Report on vaccination in Madras 1895-1903 - 1895-1903
Year: 1895
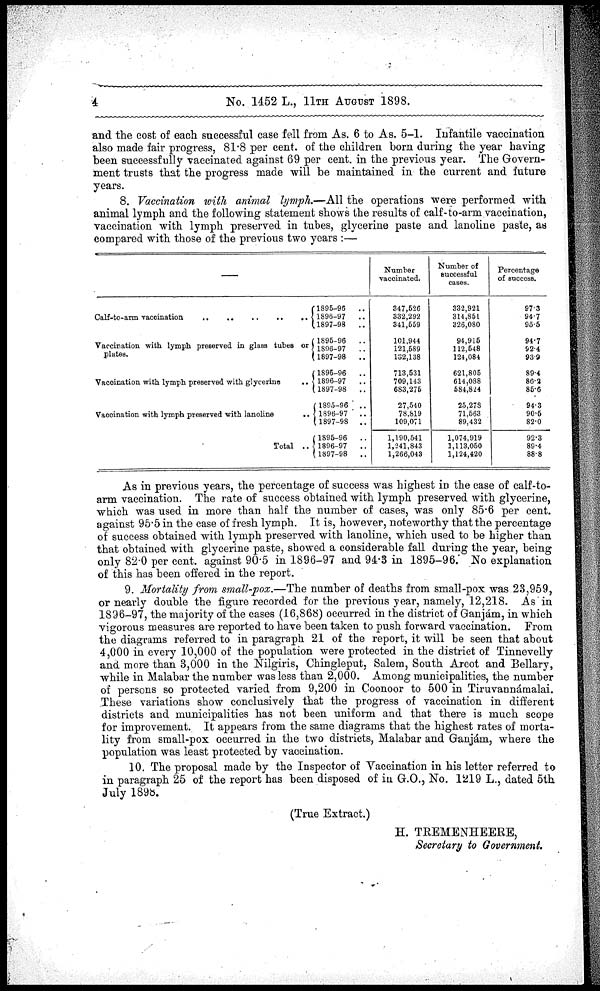
4
No. 1452 L., 11TH AUGUST 1898.
and the cost of each successful case fell from As. 6 to As. 5-1. Infantile vaccination
also made fair progress, 81.8 per cent. of the children born during the year having
been successfully vaccinated against 69 per cent. in the previous year. The Govern-
ment trusts that the progress made will be maintained in the current and future
years.
8. Vaccination with animal lymph.—All the operations were performed with
animal lymph and the following statement shows the results of calf-to-arm vaccination,
vaccination with lymph preserved in tubes, glycerine paste and lanoline paste, as
compared with those of the previous two years :—
—
Calf-to-arm vaccination .. .. .. .. ..
Vaccination with lymph preserved in glass tubes or
plates.
Vaccination with lymph preserved with glycerine
..
Vaccination with lymph preserved with lanoline
..
Total ..
1895-96
..
1896-97
..
1897-98
..
1895-96
..
1896-97
..
1897-98
..
1895-96
..
1896-97
..
1897-98
..
1895-96
..
1896-97
..
1897-98
..
1895-96
..
1896-97
..
1897-98
..
Number
vaccinated.
347,526
332,292
341,559
101,944
121,589
132,138
713,531
709,143
683,275
27,540
78,819
109,071
1,190,541
1,241,843
1,266,043
Number of
successful
cases.
332,921
314,851
326,080
94,915
112,548
124,084
621,805
614,088
584,824
25,278
71,563
89,432
1,074,919
1,113,050
1,124,420
Percentage
of success.
97.3
94.7
95.5
94.7
92.4
93.9
89.4
86.2
85.6
94.3
90.5
82.0
92.3
89.4
88.8
As in previous years, the percentage of success was highest in the case of calf-to-
arm vaccination. The rate of success obtained with lymph preserved with glycerine,
which was used in more than half the number of cases, was only 85.6 per cent.
against 95.5 in the case of fresh lymph. It is, however, noteworthy that the percentage
of success obtained with lymph preserved with lanoline, which used to be higher than
that obtained with glycerine paste, showed a considerable fall during the year, being
only 82.0 per cent. against 90.5 in 1896-97 and 94.3 in 1895-96. No explanation
of this has been offered in the report.
9. Mortality from small-pox.—The number of deaths from small-pox was 23,959,
or nearly double the figure recorded for the previous year, namely, 12,218. As in
1896-97, the majority of the cases (16,868) occurred in the district of Ganjám, in which
vigorous measures are reported to have been taken to push forward vaccination. From
the diagrams referred to in paragraph 21 of the report, it will be seen that about
4,000 in every 10,000 of the population were protected in the district of Tinnevelly
and more than 3,000 in the Nilgiris, Chingleput, Salem, South Arcot and Bellary,
while in Malabar the number was less than 2,000. Among municipalities, the number
of persons so protected varied from 9,200 in Coonoor to 500 in Tiruvannámalai.
These variations show conclusively that the progress of vaccination in different
districts and municipalities has not been uniform and that there is much scope
for improvement. It appears from the same diagrams that the highest rates of morta-
lity from small-pox occurred in the two districts, Malabar and Ganjám, where the
population was least protected by vaccination.
10. The proposal made by the Inspector of Vaccination in his letter referred to
in paragraph 25 of the report has been disposed of in G.O., No. 1219 L., dated 5th
July 1898.
(True Extract.)
H. TREMENHEERE,
Secretary to Government.